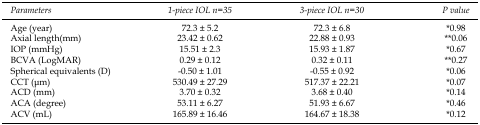
<table><thead><tr><td><b>Parameters</b></td><td><b>1-piece IOL n=35</b></td><td><b>3-piece IOL n=30</b></td><td><b>P value</b></td></tr></thead><tbody><tr><td>Age (year)</td><td>72.3 ± 5.2</td><td>72.3 ± 6.8</td><td>*0.98</td></tr><tr><td>Axial length(mm)</td><td>23.42 ± 0.62</td><td>22.88 ± 0.93</td><td>**0.06</td></tr><tr><td>IOP (mmHg)</td><td>15.51 ± 2.3</td><td>15.93 ± 1.87</td><td>*0.67</td></tr><tr><td>BCVA (LogMAR)</td><td>0.29 ± 0.12</td><td>0.32 ± 0.11</td><td>**0.27</td></tr><tr><td>Spherical equivalents (D)</td><td>-0.50 ± 1.01</td><td>-0.55 ± 0.92</td><td>*0.06</td></tr><tr><td>CCT (μm)</td><td>530.49 ± 27.29</td><td>517.37 ± 22.21</td><td>left*0.07</td></tr><tr><td>ACD (mm)</td><td>3.70 ± 0.32</td><td>3.68 ± 0.40</td><td>*0.14</td></tr><tr><td>ACA (degree)</td><td>53.11 ± 6.27</td><td>51.93 ± 6.67</td><td>*0.46</td></tr><tr><td>ACV (mL)</td><td>165.89 ± 16.46</td><td>164.67 ± 18.38</td><td>*0.12</td></tr></tbody></table>